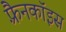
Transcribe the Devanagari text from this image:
फ़्रैनकॉइस